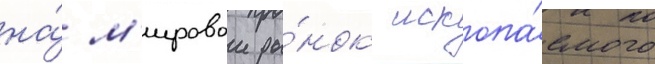
на́ м'ировои ры́нок ископа́емого